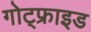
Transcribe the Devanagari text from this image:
गोट्फ्राइड